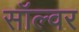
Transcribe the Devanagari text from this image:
सॉल्वर